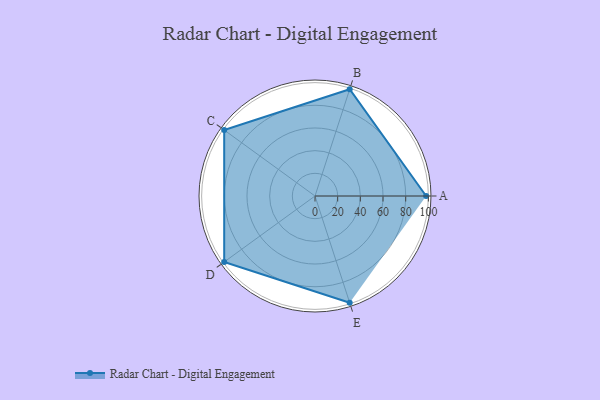
{"axis": {"x": "Skill", "y": "Score"}, "legend": ["Profile"], "data": [{"x": "A", "y": 98.0, "type": "Profile"}, {"x": "B", "y": 99.0, "type": "Profile"}, {"x": "C", "y": 99, "type": "Profile"}, {"x": "D", "y": 99, "type": "Profile"}, {"x": "E", "y": 99, "type": "Profile"}]}